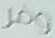
وفر